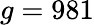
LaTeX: g=981